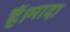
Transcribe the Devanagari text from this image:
हैं।मादा